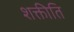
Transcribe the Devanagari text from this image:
शक्तीति